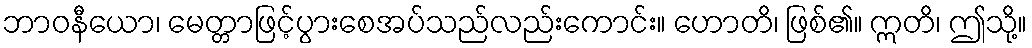
ဘာဝနီယော၊ မေတ္တာဖြင့်ပွားစေအပ်သည်လည်းကောင်း။ ဟောတိ၊ ဖြစ်၏။ ဣတိ၊ ဤသို့။